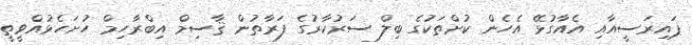
ޕައިރަސީއާއި އެއާގުޅޭ އެހެން ކުށްތަކުގެ ބިލް ސަރުކާރުގެ ފަރާތުން ޤާސިމް އިބްރާހިމް ހުށަހެޅުއްވީތީ